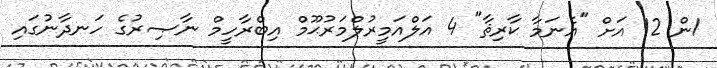
1ން 12 އަށް "އެނަމާ ކާރިޘާ" 4 އަލްއަމީރުލްމަރުޙޫމް އިބްރާހީމް ނާޞިރުގެ ހަނދާނުގައި